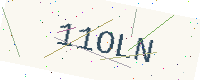
Text: 11OLN